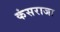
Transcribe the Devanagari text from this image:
कंसराजा